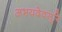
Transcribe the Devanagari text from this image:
अभयदेवसूरि